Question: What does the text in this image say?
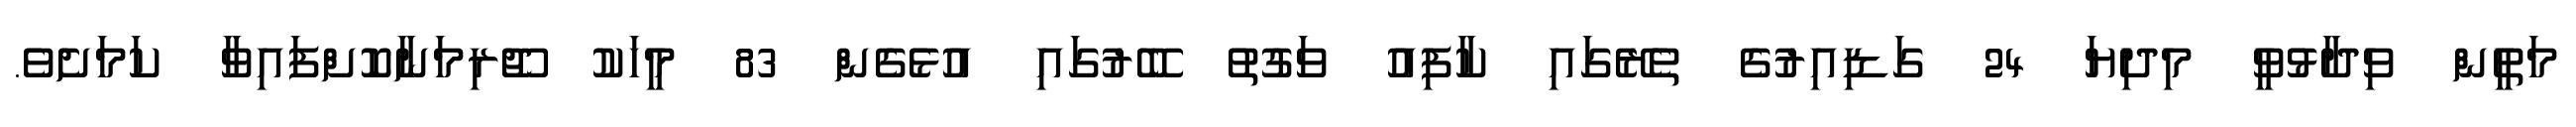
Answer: މަތީން ވިދާޅުވީ މިދިޔަ 24 ގަޑިއިރުގެ ތެރޭގައި ކާފިއު ވަގުތު ބޭރުގައި އުޅެގެން 83 މީހަކު ޖޫރިމަނާކޮށްފައިވާ ކަމަށެވެ.